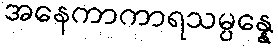
အနေကာကာရသမ္ပန္နေ